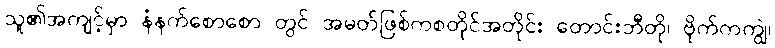
သူ၏အကျင့်မှာ နံနက်စောစော တွင် အမတ်ဖြစ်ကစတိုင်အတိုင်း တောင်းဘီတို၊ ဗိုက်ကကျွဲ၊